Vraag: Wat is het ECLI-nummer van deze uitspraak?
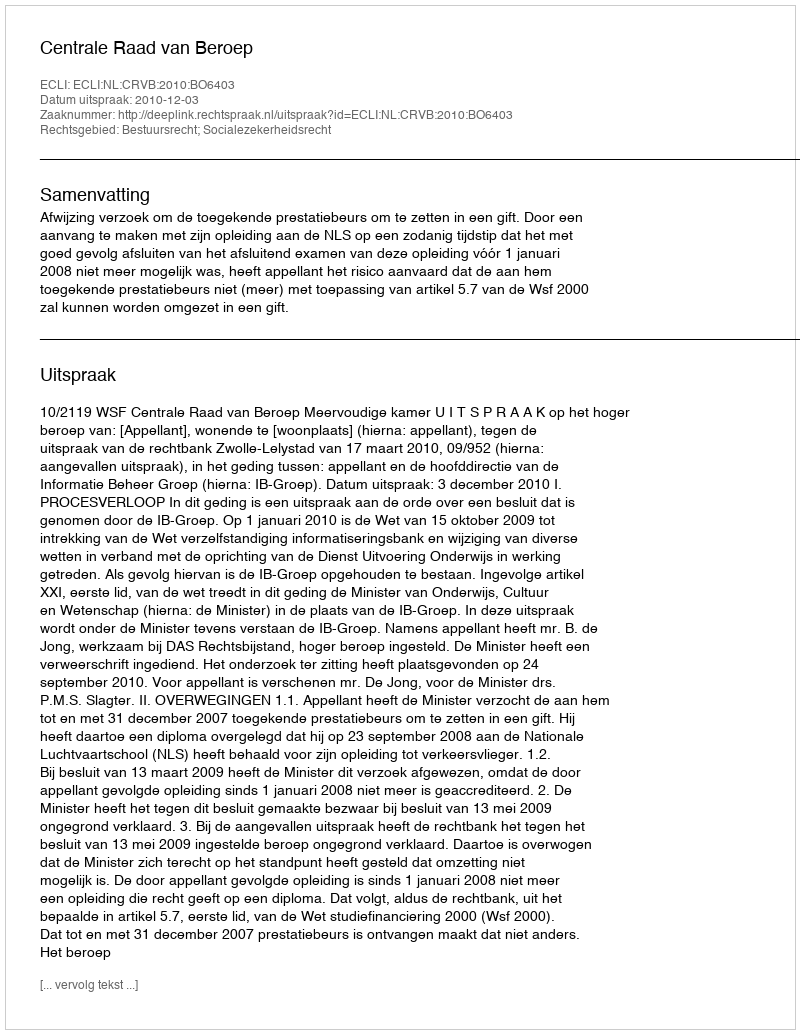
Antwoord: ECLI:NL:CRVB:2010:BO6403